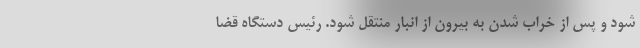
شود و پس از خراب شدن به بیرون از انبار منتقل شود. رئیس دستگاه قضا